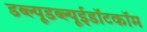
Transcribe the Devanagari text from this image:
डब्ल्यूडब्ल्यूईडॉटकॉम